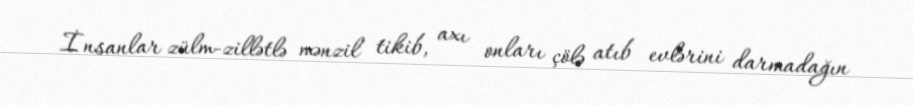
İnsanlar zülm-zillətlə mənzil tikib, axı onları çölə atıb evlərini darmadağın